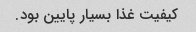
کیفیت غذا بسیار پایین بود.